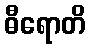
ဓီရောတိ